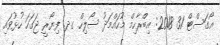
އޯގަސްޓް 31 2018: އިބްރާހިމް މުހައްމަދު ސޯލިހް ގދ. ފިޔޯރީ ޖަގަހަ ހުޅުވައި